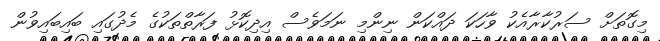
މިގޮތަށް ސަރުކާރާއެކު ވާހަކަ ދައްކަން ނިންމި ނަމަވެސް އިދިކޮޅު ފަރާތްތަކުގެ މެދުގައި ބައިބައިވުން